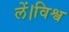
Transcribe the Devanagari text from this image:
लें।विश्व